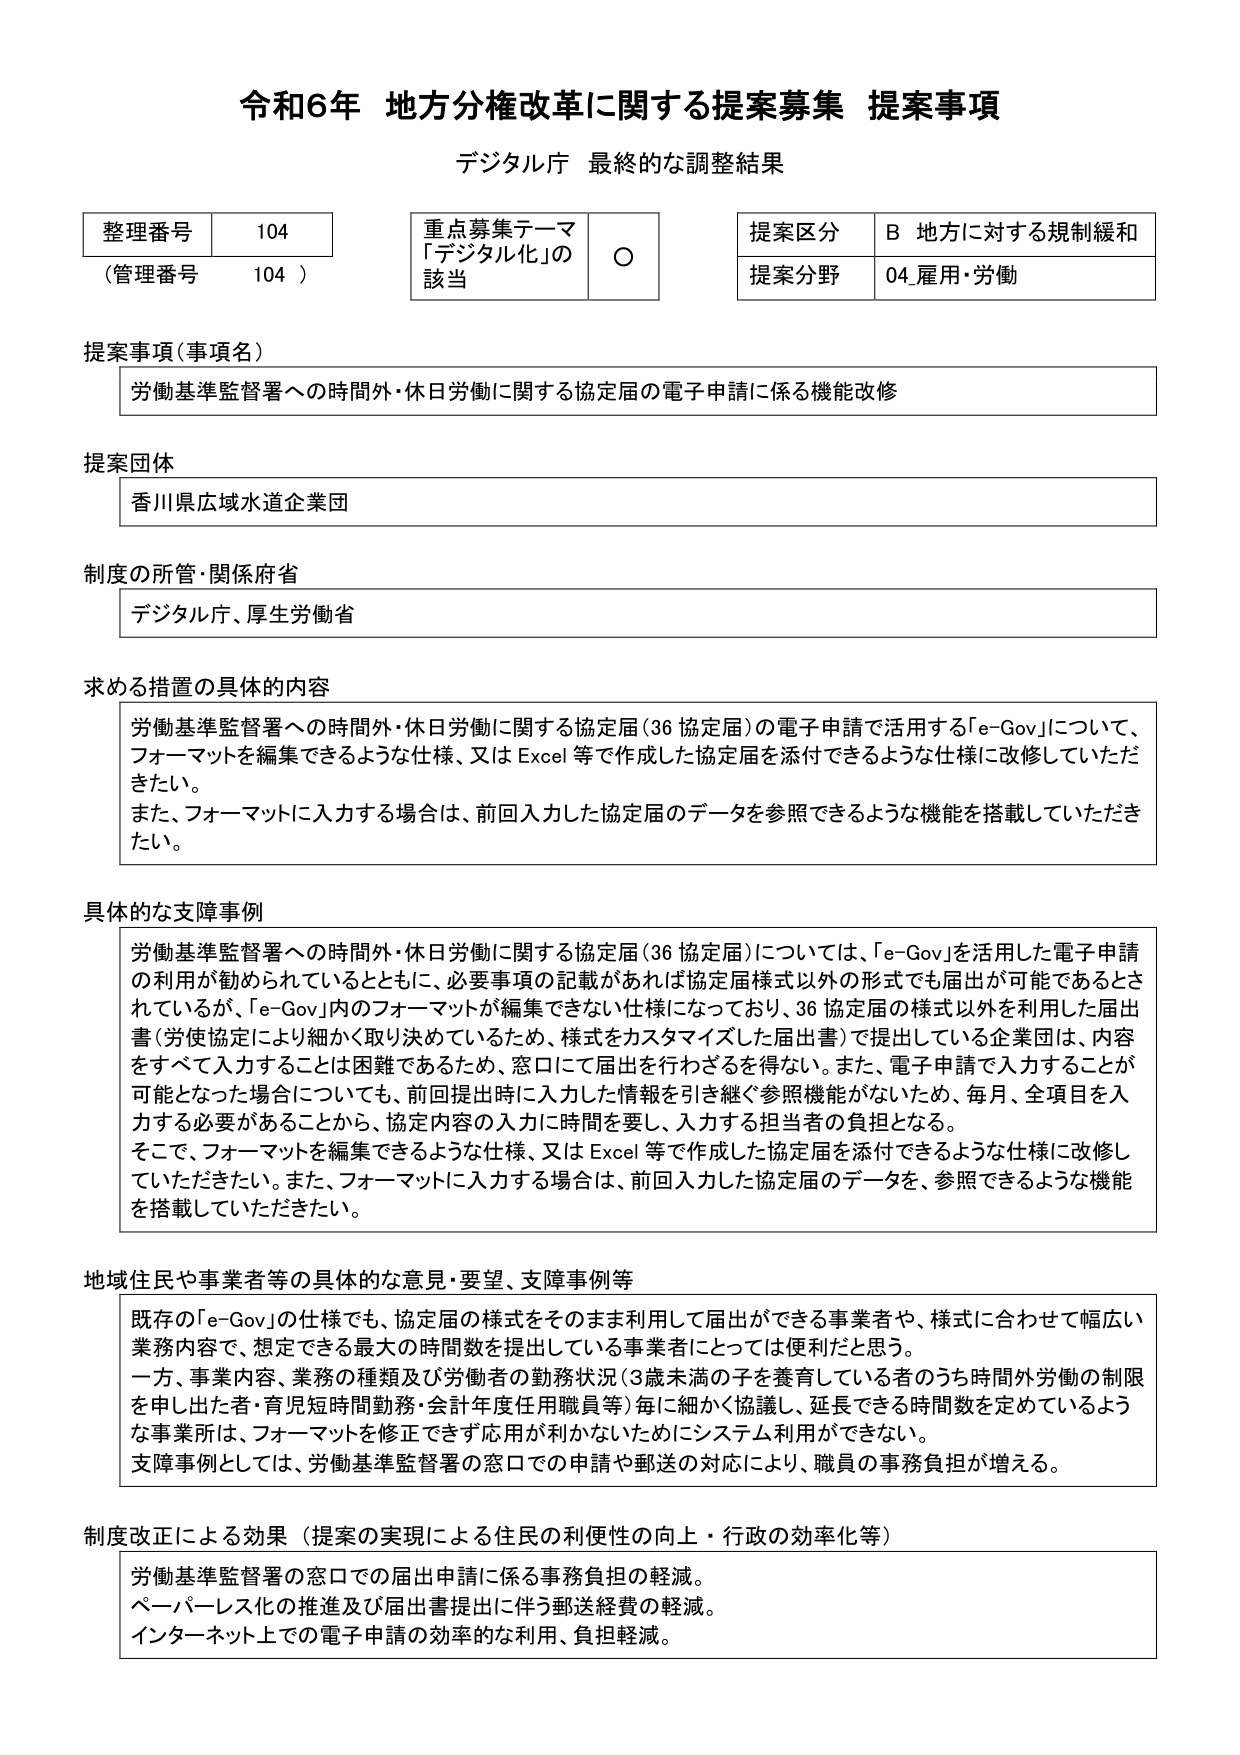
令和6年 地方分権改革に関する提案募集 提案事項
デジタル庁 最終的な調整結果

整理番号 104
（管理番号 104）

重点募集テーマ
「デジタル化」の該当 ○

提案区分 B 地方に対する規制緩和
提案分野 04.雇用・労働

提案事項（事項名）
労働基準監督署への時間外・休日労働に関する協定届の電子申請に係る機能改修

提案団体
香川県広域水道企業団

制度の所管・関係府省
デジタル庁、厚生労働省

求める措置の具体的内容
労働基準監督署への時間外・休日労働に関する協定届（36協定届）の電子申請で活用する「e-Gov」について、フォーマットを編集できるような仕様、又はExcel等で作成した協定届を添付できるような仕様に改修していただきたい。
また、フォーマットに入力する場合は、前回入力した協定届のデータを参照できるような機能を搭載していただきたい。

具体的な支障事例
労働基準監督署への時間外・休日労働に関する協定届（36協定届）については、「e-Gov」を活用した電子申請の利用が勧められているとともに、必要事項の記載があれば協定届様式以外の形式でも届出が可能であるとされているが、「e-Gov」内のフォーマットが編集できない仕様になっており、36協定届の様式以外を利用した届出書（労使協定により細かく取り決めているため、様式をカスタマイズした届出書）で提出している企業団は、内容をすべて入力することは困難であるため、窓口にて届出を行わざるを得ない。また、電子申請で入力することが可能となった場合についても、前回提出時に入力した情報を引き継ぐ参照機能がないため、毎月、全項目を入力する必要があることから、協定内容の入力に時間を要し、入力する担当者の負担となる。
そこで、フォーマットを編集できるような仕様、又はExcel等で作成した協定届を添付できるような仕様に改修していただきたい。また、フォーマットに入力する場合は、前回入力した協定届のデータを、参照できるような機能を搭載していただきたい。

地域住民や事業者等の具体的な意見・要望、支障事例等
既存の「e-Gov」の仕様でも、協定届の様式をそのまま利用して届出ができる事業者や、様式に合わせて幅広い業務内容で、想定できる最大の時間数を提出している事業者にとっては便利だと思う。
一方、事業内容、業務の種類及び労働者の勤務状況（3歳未満の子を養育している者のうち時間外労働の制限を申し出た者・育児短時間勤務・会計年度任用職員等）毎に細かく協議し、延長できる時間数を定めているような事業所は、フォーマットを修正できず応用が利かないためにシステム利用ができない。
支障事例としては、労働基準監督署の窓口での申請や郵送の対応により、職員の事務負担が増える。

制度改正による効果（提案の実現による住民の利便性の向上・行政の効率化等）
労働基準監督署の窓口での届出申請に係る事務負担の軽減。
ペーパーレス化の推進及び届出書提出に伴う郵送経費の軽減。
インターネット上での電子申請の効率的な利用、負担軽減。